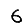
Digit: 6